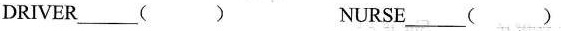
DRIVER___( ) NURSE___( )